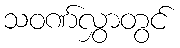
သဝဏ်လွှာတွင်